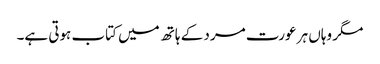
مگر وہاں ہر عورت مرد کے ہاتھ میں کتاب ہوتی ہے۔